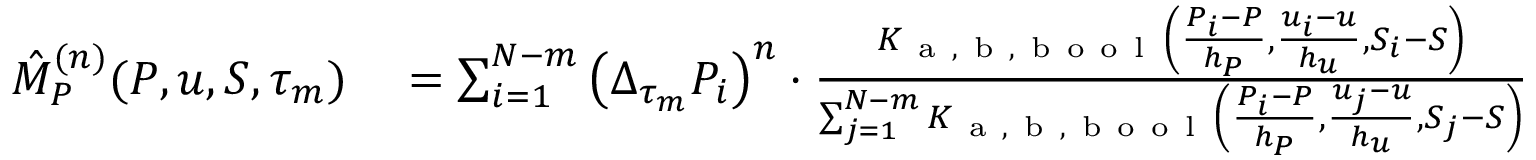
\begin{array} { r l } { \hat { M } _ { P } ^ { ( n ) } ( P , u , S , \tau _ { m } ) } & { { } = \sum _ { i = 1 } ^ { N - m } \left( \Delta _ { \tau _ { m } } P _ { i } \right) ^ { n } \cdot \frac { K _ { \mathrm { ~ a ~ } , \mathrm { ~ b ~ } , \mathrm { ~ b ~ o ~ o ~ l ~ } } \left( \frac { P _ { i } - P } { h _ { P } } , \frac { u _ { i } - u } { h _ { u } } , S _ { i } - S \right) } { \sum _ { j = 1 } ^ { N - m } K _ { \mathrm { ~ a ~ } , \mathrm { ~ b ~ } , \mathrm { ~ b ~ o ~ o ~ l ~ } } \left( \frac { P _ { i } - P } { h _ { P } } , \frac { u _ { j } - u } { h _ { u } } , S _ { j } - S \right) } } \end{array}